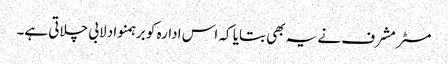
مسٹر مشرف نے یہ بھی بتایا کہ اس ادارہ کو برہمنواد لابی چلاتی ہے۔